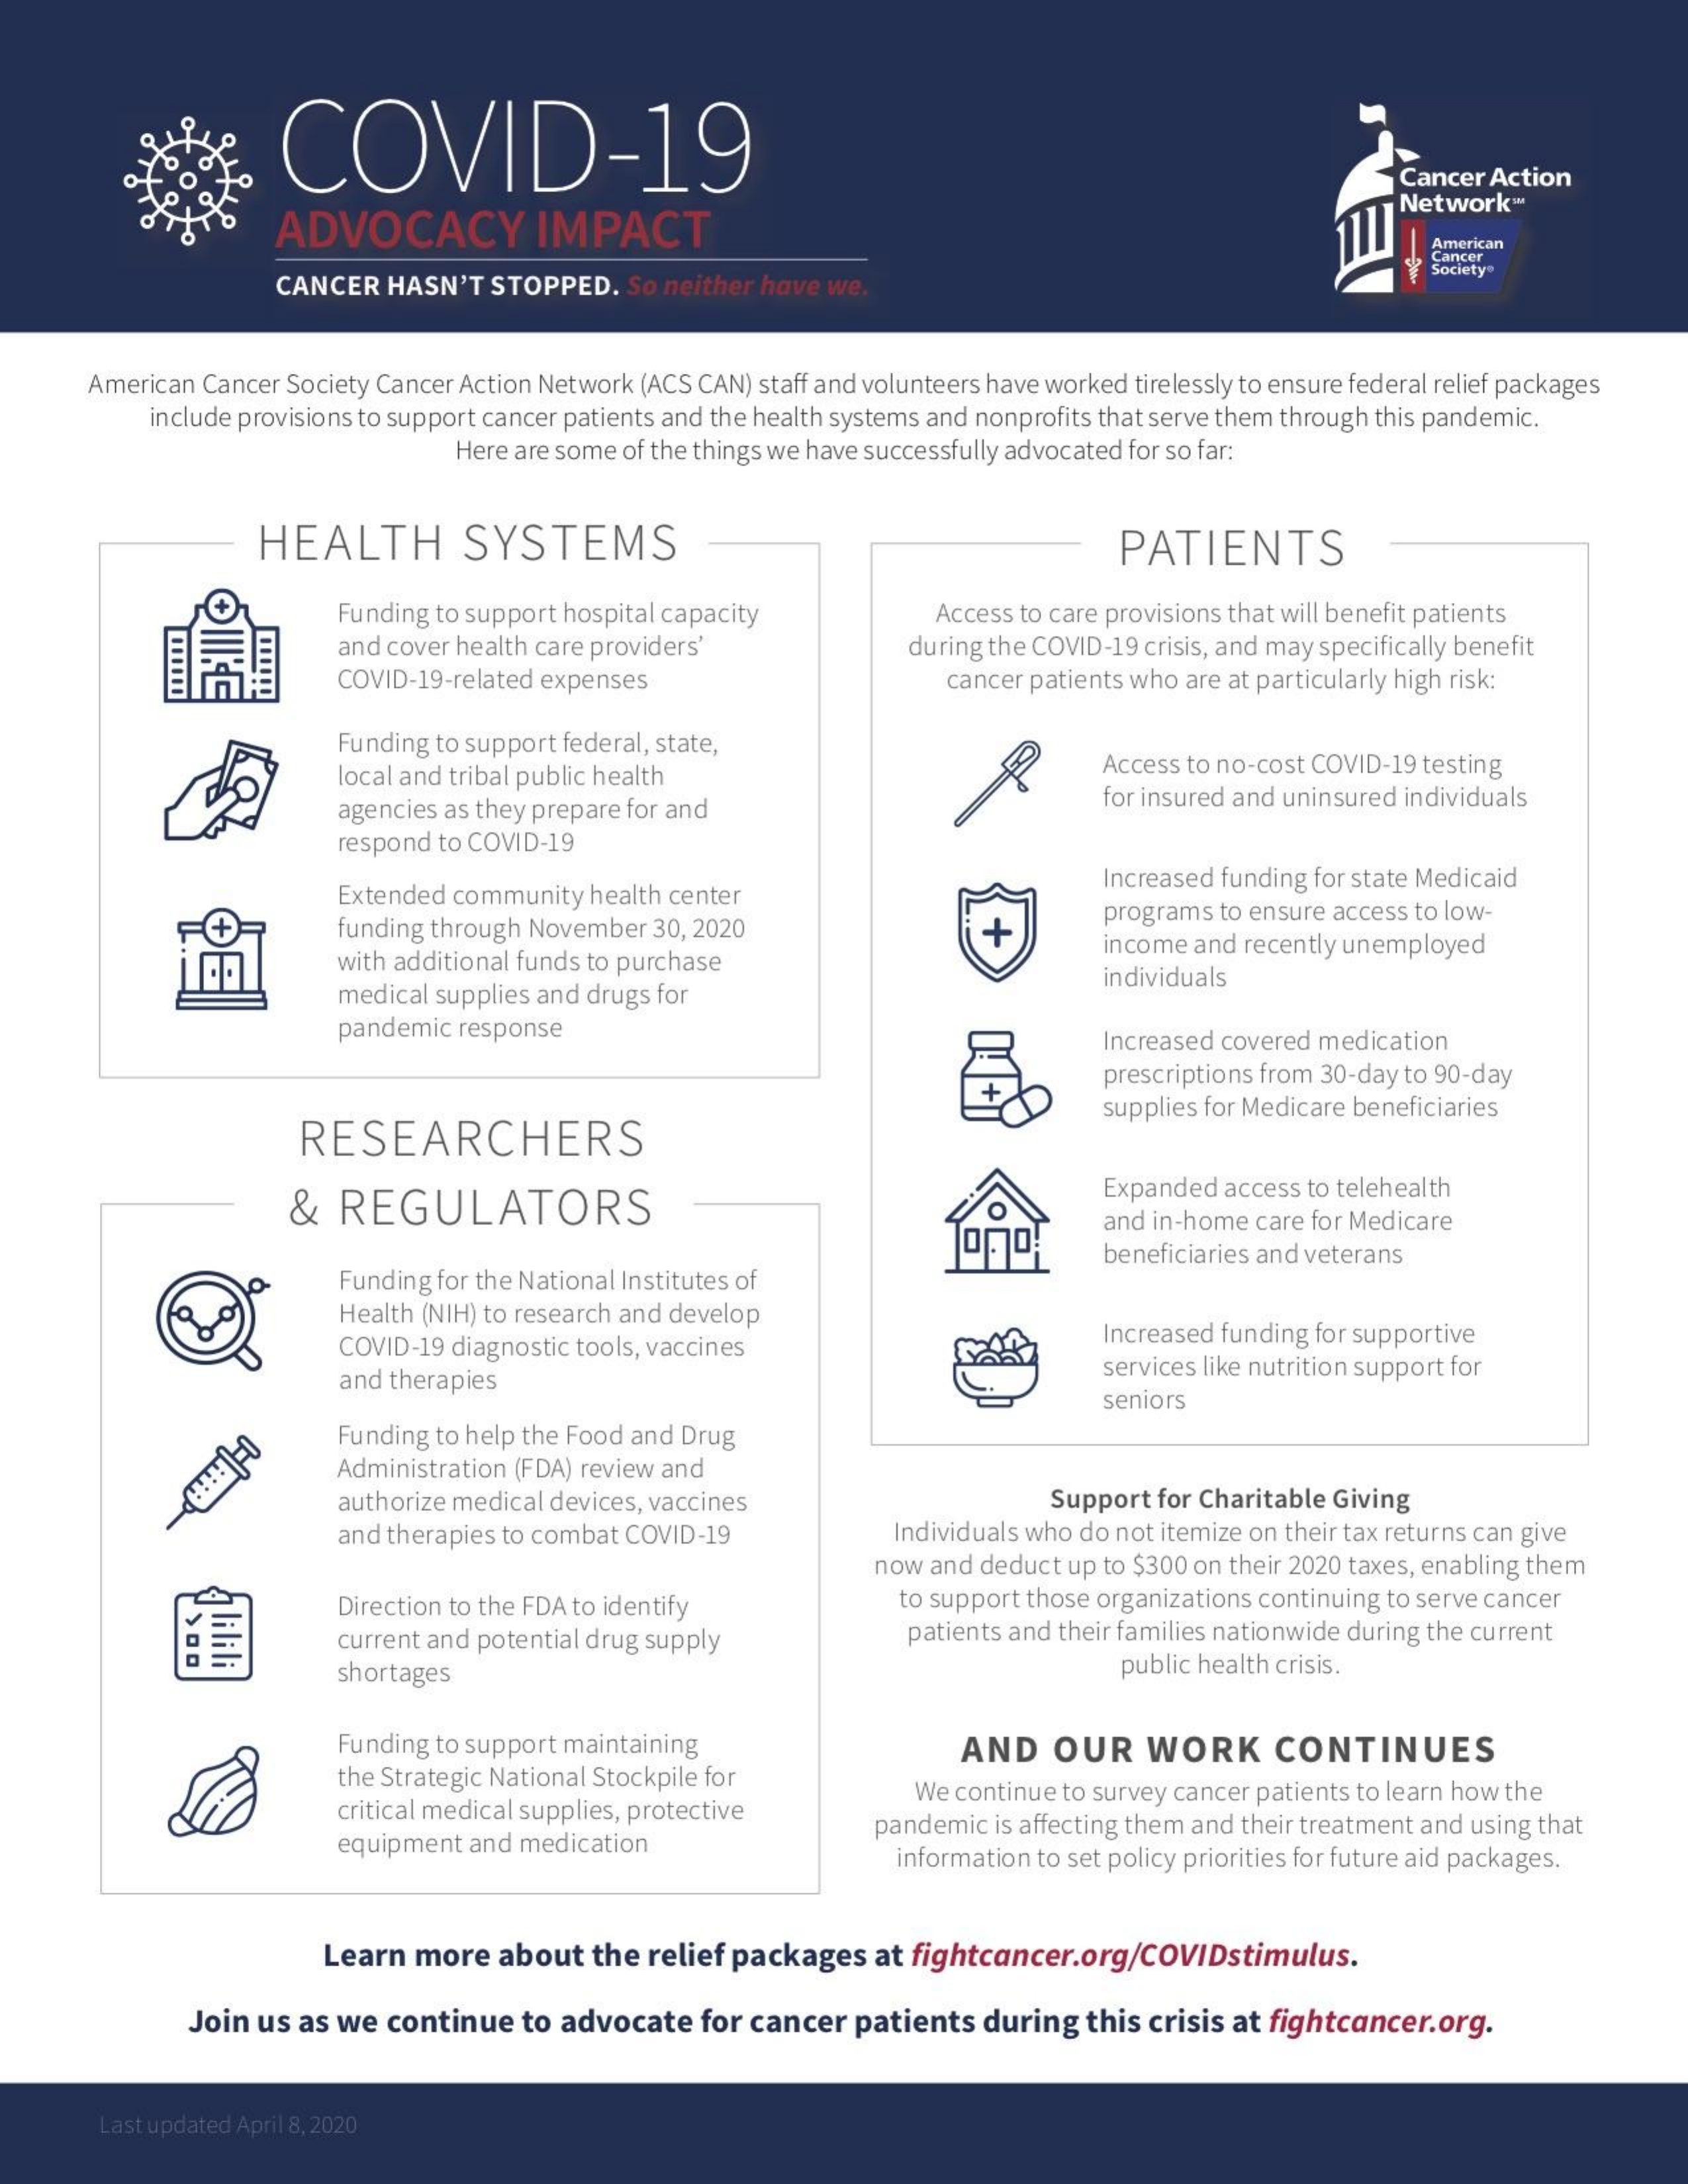
COVID-19
     Cancer Action
     ADVOCACY    IMPACT
     Network"
     American
     Cancer
     CANCER  HASN'T  STOPPED.   So neither have we.
     Society"
     American Cancer Society Cancer Action Network (ACS CAN) staff and volunteers have worked tirelessly to ensure federal relief packages
     include provisions to support cancer patients and the health systems and nonprofits that serve them through this pandemic.
     Here are some of the things we have successfully advocated for so far:
     HEALTH    SYSTEMS    PATIENTS
     Funding to support hospital capacity    Access to care provisions that will benefit patients
     and cover health care providers'    during the COVID-19 crisis, and may specifically benefit
     COVID-19-related expenses    cancer patients who are at particularly high risk:
     Funding to support federal, state,
     local and tribal public health    Access to no-cost COVID-19 testing
     agencies as they prepare for and    for insured and uninsured individuals
     respond to COVID-19
     Extended community health center
     Increased funding for state Medicaid
     F+    funding through November 30, 2020    +
     programs to ensure access to low-
     with additional funds to purchase
     income and recently unemployed
     medical supplies and drugs for
     individuals
     pandemic response    Increased covered medication
     prescriptions from 30-day to 90-day
     RESEARCHERS
     supplies for Medicare beneficiaries
     &  REGULATORS
     Expanded access to telehealth
     and in-home care for Medicare
     Funding for the National Institutes of
     beneficiaries and veterans
     Health (NIH) to research and develop
     COVID-19 diagnostic tools, vaccines    Increased funding for supportive
     and therapies    services like nutrition support for
     seniors
     Funding to help the Food and Drug
     Administration (FDA) review and
     authorize medical devices, vaccines    Support for Charitable Giving
     and therapies to combat COVID-19    Individuals who do not itemize on their tax returns can give
     now  and deduct up to $300 on their 2020 taxes, enabling them
     Direction to the FDA to identify    to support those organizations continuing to serve cancer
     Tilili    current and potential drug supply    patients and their families nationwide during the current
     shortages    public health crisis.
     Funding to support maintaining
     the Strategic National Stockpile for
     AND    OUR    WORK    CONTINUES
     critical medical supplies, protective
     We continue to survey cancer patients to learn how the
     equipment and medication
     pandemic is affecting them and their treatment and using that
     information to set policy priorities for future aid packages.
     Learn more   about  the relief packages  at fightcancer.org/COVIDstimulus.
     Join us as we continue   to advocate  for cancer  patients  during this crisis at fightcancer.org.
     Last updated April 8, 2020